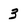
Character: 3